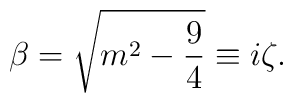
\beta = \sqrt{m^2-\frac{9}{4}} \equiv i \zeta.